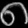
Digit: ၈